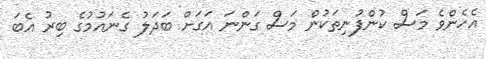
އެހެންވެ މަސް ކުންފުނިތަކުން މަސް ގަންނަ އަގަށް ބަދަލު ގެނައުމުގެ ބިރު އެބަ